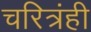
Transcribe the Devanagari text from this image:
चरित्रंही